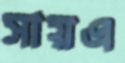
সায়এ